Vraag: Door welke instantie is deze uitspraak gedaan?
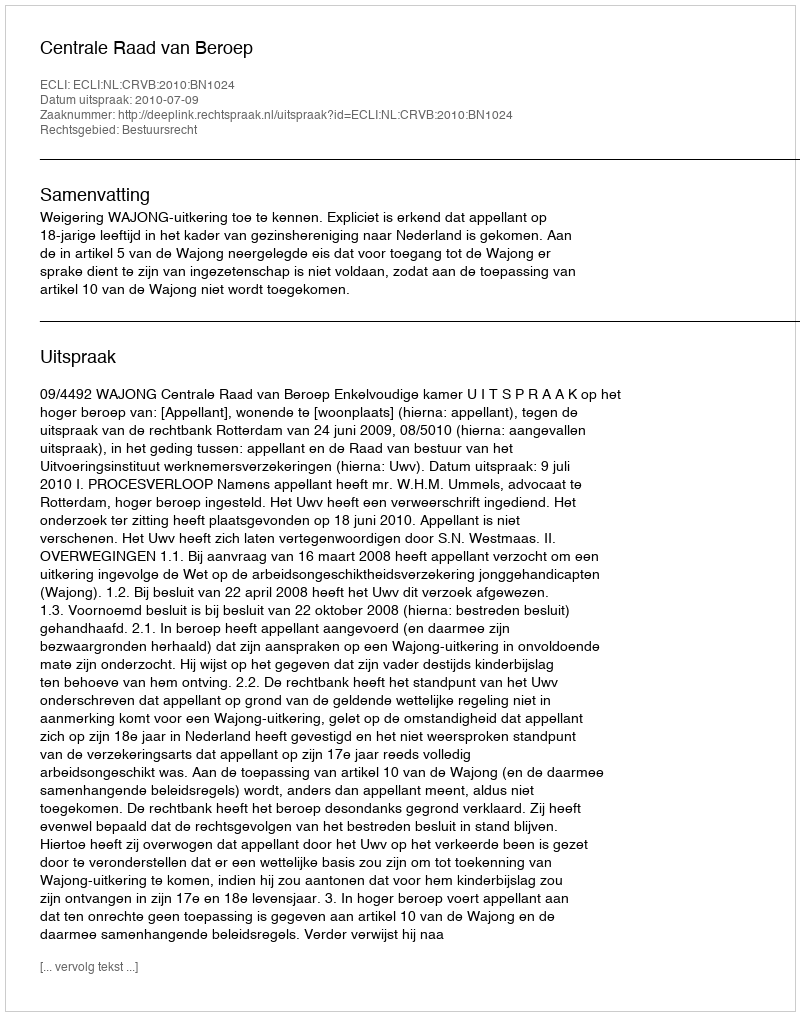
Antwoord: Centrale Raad van Beroep